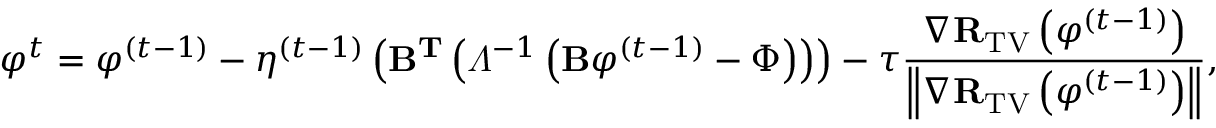
\small { \varphi } ^ { t } = { \varphi } ^ { ( t - 1 ) } - \eta ^ { ( t - 1 ) } \left( \mathbf { B } ^ { \mathbf { T } } \left( \varLambda ^ { - 1 } \left( \mathbf { B } { \varphi } ^ { ( t - 1 ) } - \Phi \right) \right) \right) - \tau \frac { \nabla \mathbf { R } _ { \mathrm { T V } } \left( { \varphi } ^ { ( t - 1 ) } \right) } { \left\| \nabla \mathbf { R } _ { \mathrm { T V } } \left( { \varphi } ^ { ( t - 1 ) } \right) \right\| } ,